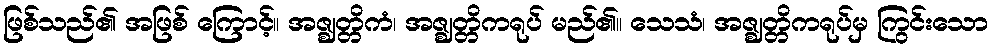
ဖြစ်သည်၏ အဖြစ် ကြောင့်။ အဇ္ဈတ္တိကံ၊ အဇ္ဈတ္တိကရုပ် မည်၏။ သေသံ၊ အဇ္ဈတ္တိကရုပ်မှ ကြွင်းသော